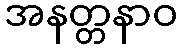
အနတ္တနာဝ